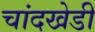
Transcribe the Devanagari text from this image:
चांदखेडी